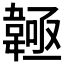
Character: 𩏊